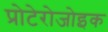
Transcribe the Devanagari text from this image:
प्रोटेरोजोइक